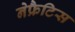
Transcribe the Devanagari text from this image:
नेफ्रैटिस